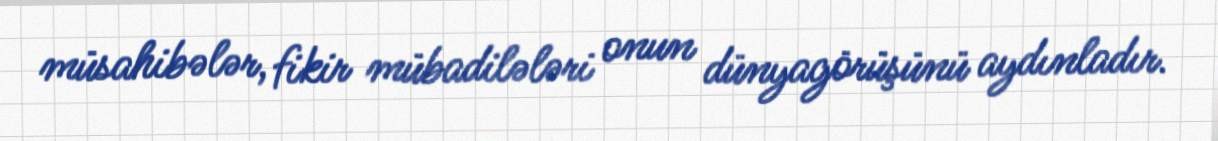
müsahibələr, fikir mübadilələri onun dünyagörüşünü aydınladır.